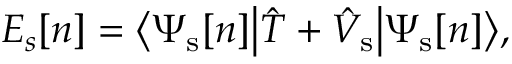
E _ { s } [ n ] = { \big \langle } \Psi _ { \mathrm { s } } [ n ] { \big | } { \hat { T } } + { \hat { V } } _ { \mathrm { s } } { \big | } \Psi _ { \mathrm { s } } [ n ] { \big \rangle } ,